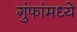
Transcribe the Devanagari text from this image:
गुंफांमध्ये